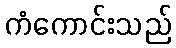
ကံကောင်းသည်